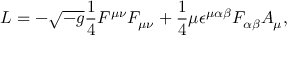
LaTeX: { \cal L } = - \sqrt { - g } { \frac { 1 } { 4 } } F ^ { \mu \nu } F _ { \mu \nu } + { \frac { 1 } { 4 } } \mu \epsilon ^ { \mu \alpha \beta } F _ { \alpha \beta } A _ { \mu } ,